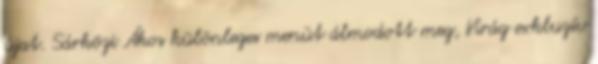
újat. Sárközi Ákos különleges menüt álmodott meg, Virág exkluzív